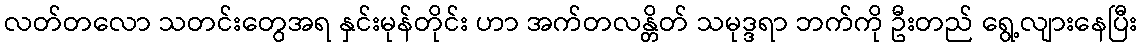
လတ်တလော သတင်းတွေအရ နှင်းမုန်တိုင်း ဟာ အက်တလန္တိတ် သမုဒ္ဒရာ ဘက်ကို ဦးတည် ရွေ့လျားနေပြီး